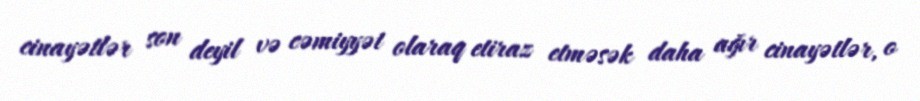
cinayətlər son deyil və cəmiyyət olaraq etiraz etməsək daha ağır cinayətlər, o